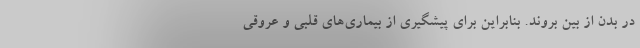
در بدن از بین بروند. بنابراین برای پیشگیری از بیماری‌های قلبی و عروقی